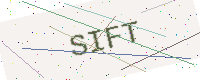
Text: SIFT